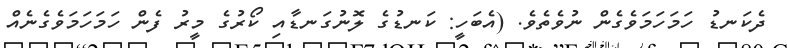
ދެކަނޑު ހަމަހަމަވެގެން ނުވެތެވެ. (އެބަހީ: ކަނޑުގެ ލޮނުގަނޑާއި ކޯރުގެ މީރު ފެން ހަމަހަމަވެގެނެއް